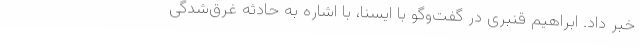
خبر داد. ابراهیم قنبری در گفت‌وگو با ایسنا، با اشاره به حادثه غرق‌شدگی